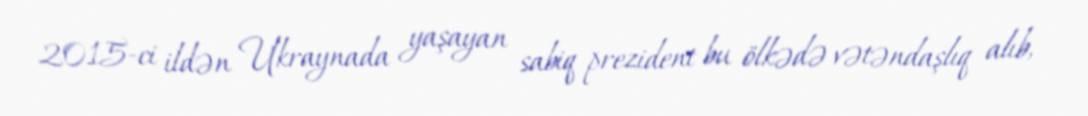
2015-ci ildən Ukraynada yaşayan sabiq prezident bu ölkədə vətəndaşlıq alıb,